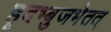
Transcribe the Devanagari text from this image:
हृदभ्बुजभेतत्